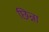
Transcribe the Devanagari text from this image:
छिन्ना